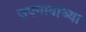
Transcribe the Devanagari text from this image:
उपनावाच्या